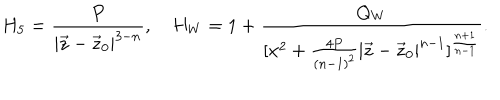
H _ { 5 } = { \frac { P } { | \vec { z } - \vec { z } _ { 0 } | ^ { 3 - n } } } , H _ { W } = 1 + { \frac { Q _ { W } } { [ x ^ { 2 } + { \frac { 4 P } { ( n - 1 ) ^ { 2 } } } | \vec { z } - \vec { z } _ { 0 } | ^ { n - 1 } ] ^ { \frac { n + 1 } { n - 1 } } } } .